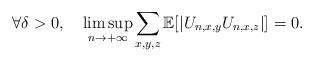
LaTeX: \begin{align*}\forall\delta>0,\ \ \ \limsup_{n\rightarrow+\infty}\sum_{x,y,z}\mathbb E[|U_{n,x,y}U_{n,x,z}|]=0.\end{align*}